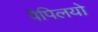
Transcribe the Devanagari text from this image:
पैपिलयो